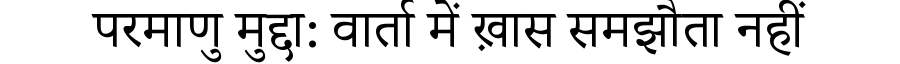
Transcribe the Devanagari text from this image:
परमाणु मुद्दा: वार्ता में ख़ास समझौता नहीं